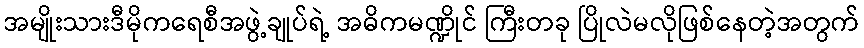
အမျိုးသားဒီမိုကရေစီအဖွဲ့ချုပ်ရဲ့ အဓိကမဏ္ဍိုင် ကြီးတခု ပြိုလဲမလိုဖြစ်နေတဲ့အတွက်